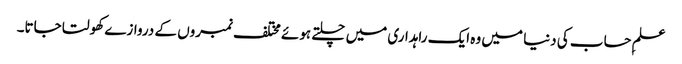
علمِ حساب کی دنیا میں وہ ایک راہداری میں چلتے ہوئے مختلف نمبروں کے دروازے کھولتا جاتا۔